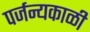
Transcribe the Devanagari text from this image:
पर्जन्यकाळी